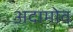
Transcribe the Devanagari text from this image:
अदामोव